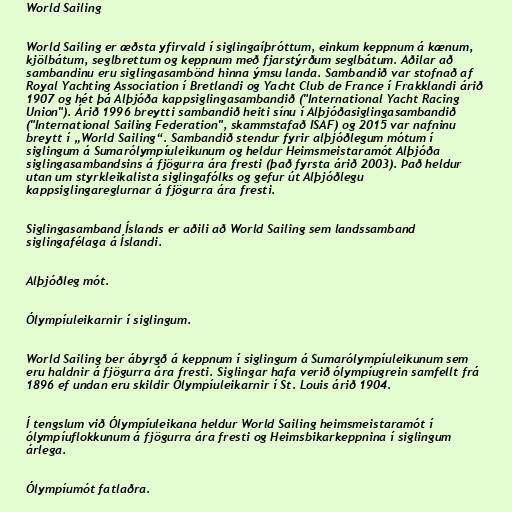
World Sailing

World Sailing er æðsta yfirvald í siglingaíþróttum, einkum keppnum á kænum,
kjölbátum, seglbrettum og keppnum með fjarstýrðum seglbátum. Aðilar að
sambandinu eru siglingasambönd hinna ýmsu landa. Sambandið var stofnað af
Royal Yachting Association í Bretlandi og Yacht Club de France í Frakklandi árið
1907 og hét þá Alþjóða kappsiglingasambandið ("International Yacht Racing
Union"). Árið 1996 breytti sambandið heiti sínu í Alþjóðasiglingasambandið
("International Sailing Federation", skammstafað ISAF) og 2015 var nafninu
breytt í „World Sailing“. Sambandið stendur fyrir alþjóðlegum mótum í
siglingum á Sumarólympíuleikunum og heldur Heimsmeistaramót Alþjóða
siglingasambandsins á fjögurra ára fresti (það fyrsta árið 2003). Það heldur
utan um styrkleikalista siglingafólks og gefur út Alþjóðlegu
kappsiglingareglurnar á fjögurra ára fresti.

Siglingasamband Íslands er aðili að World Sailing sem landssamband
siglingafélaga á Íslandi.

Alþjóðleg mót.

Ólympíuleikarnir í siglingum.

World Sailing ber ábyrgð á keppnum í siglingum á Sumarólympíuleikunum sem
eru haldnir á fjögurra ára fresti. Siglingar hafa verið ólympíugrein samfellt frá
1896 ef undan eru skildir Ólympíuleikarnir í St. Louis árið 1904.

Í tengslum við Ólympíuleikana heldur World Sailing heimsmeistaramót í
ólympíuflokkunum á fjögurra ára fresti og Heimsbikarkeppnina í siglingum
árlega.

Ólympíumót fatlaðra.